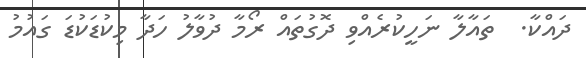
ދައްކާ.  ތައާލާ ނަހީކުރެއްވި ދޮގުތައް ރޯމާ ދުވާލު ހަދާ މިކުޑަކުޑަ ގައުމު